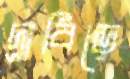
দ্রাবিড়ে